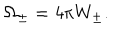
\Omega _ { \pm } = 4 \pi W _ { \pm } .